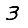
Digit: 3